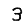
Digit: 3